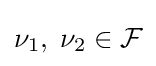
\nu _{1},\;\nu _{2}\in {\mathcal {F}}